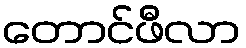
တောင်ဖီလာ